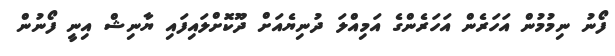
ފޯނު ނިމުމުން އަހަރެން އަހަރެންގެ އަމިއްލަ ދުނިޔެއަށް ދޫކޮށްލައިފައި ޔާނިޝް އިނީ ފޯނުން